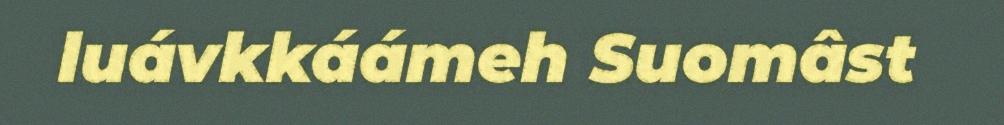
luávkkáámeh Suomâst